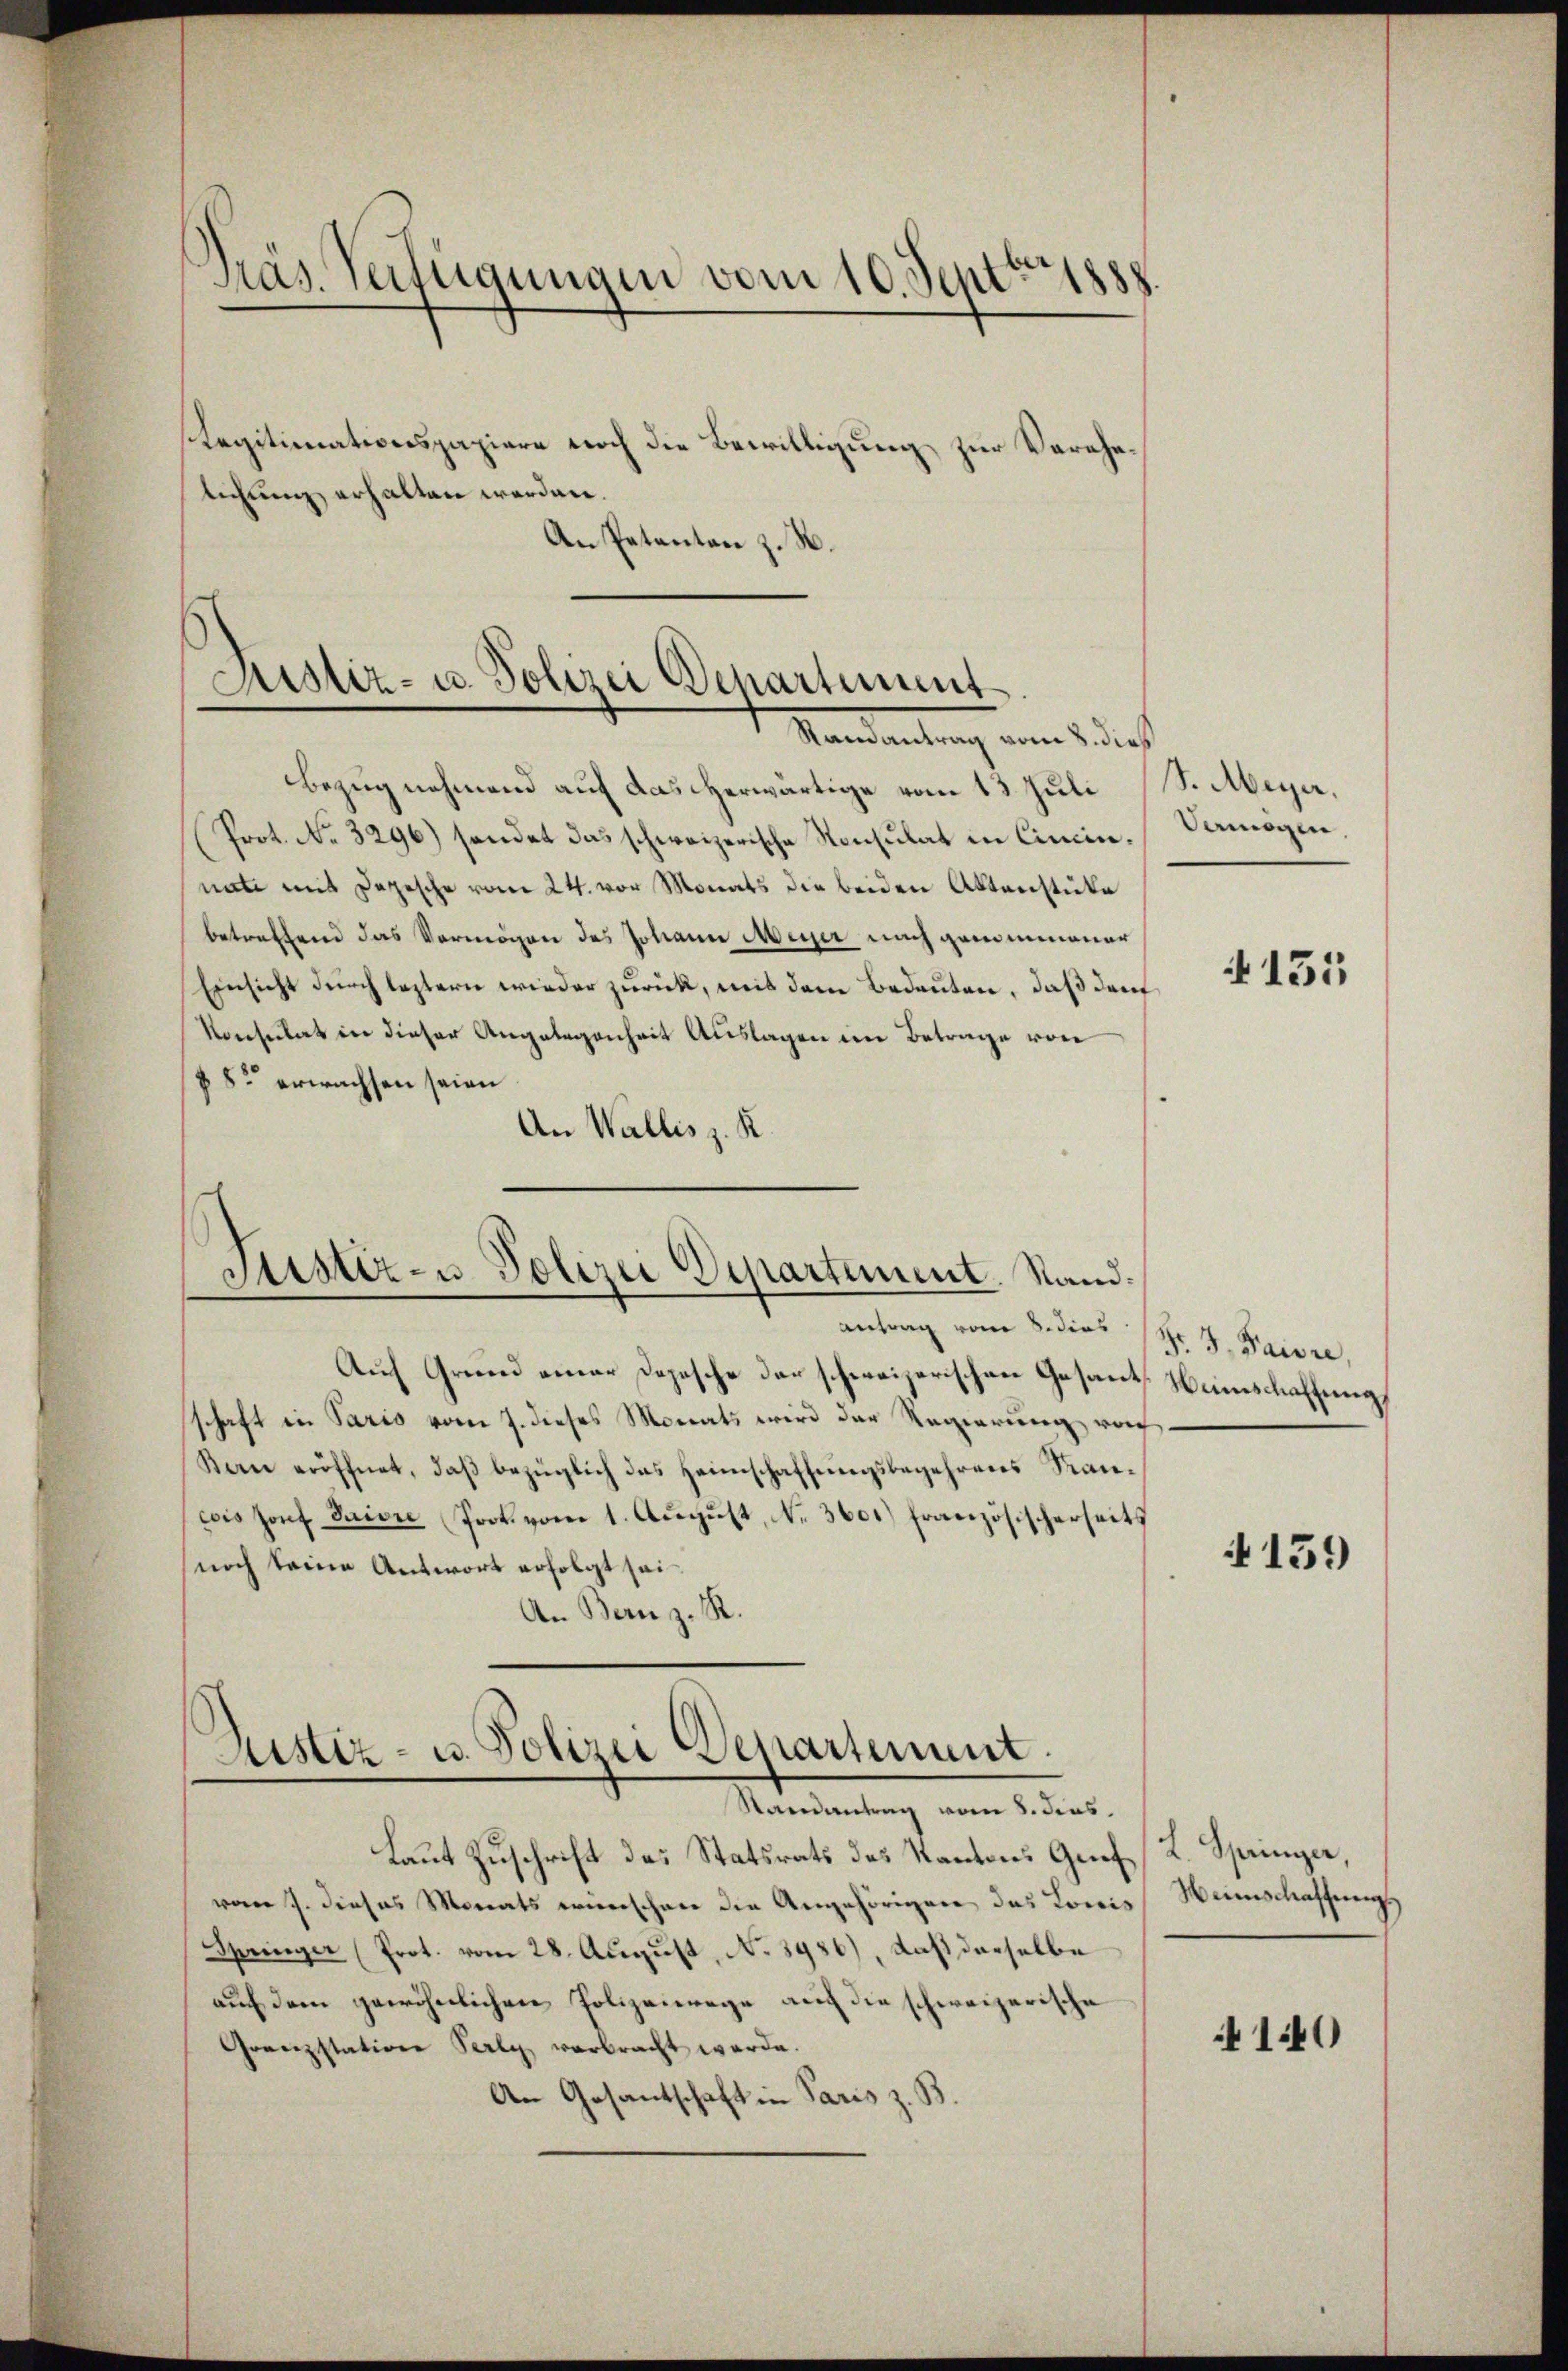
Präs. Verfügungen vom 10. Septbr 1888.

Legitimationspapiere noch die Bewilligung zur Verehelichung erhalten werden.
An Patanten z. B.

Justiz- u. Polizei Departement
Mandantrag vom 2. des

Bezug nehmend auf das herwärtige vom 13. Juli S. Meyer,
Prot. No. 3296) sendet das schweizerische Konsulat in Cincin. Vermögen,
nate mit Depesche vom 24. vor Monats die beiden Aktenstüke
betreffend das Vermögen des Johann Meyer nach genommener
Einsicht durch leztern wieder zurück, mit dem Bedeuten, daß den
Konsulat in dieser Angelegenheit Auslagen im Betrage von
82 erwachsen seien
An Wallis z. K.

Justiz- u Polizei Departement. Stand.
—
antrag vom 8. dies Dr. J. Paure,

Zustiz- u. Polizei Departement.
Randantrag vom 8. dies

Laut Zuschrift das Statsrats des Kantons Graf K. Springer,
von J. dieses Monats wünschen die Angehörigen das Lowis Heimschaffungs
Springer (Prot. vom 28. August, No 8986), daß derselbe
auf dem gewöhnlichen Polizeiwege auch die schweizerische
Grenzstation Perle verbracht werde.
An Gesantschaft in Paris z. B.

Auf Grund einer Depesche der schweizerischen Gesants Weinschaffung
schaft in Paris vom 7. dieses Monats wird der Regierung von
Kan eröffnet, daβ bezüglich das Heimschaffŭngsbegehrens Sancois 13x Dorf Saiore Prok. vom 1. Aŭgŭst, N. 360.) Französischerseits
noch keine Antwort erfolgt sei.
An Bern z. R.

151

159

140